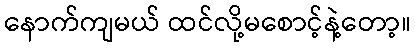
နောက်ကျမယ် ထင်လို့မစောင့်နဲ့တော့။